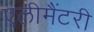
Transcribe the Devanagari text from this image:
एलीमैंटरी